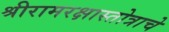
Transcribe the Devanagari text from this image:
श्रीरामरक्षास्तोत्राचे